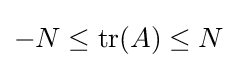
-N\leq \operatorname {tr} (A)\leq N